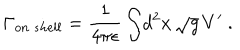
LaTeX: { \Gamma _ { o n \ s h e l l } } = { \frac { 1 } { 4 \pi \epsilon } } \int \! d ^ { 2 } x \, \sqrt { g } \, V ^ { \prime } \ .